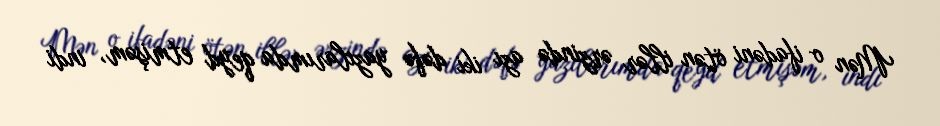
Mən o ifadəni ötən illər ərzində azı iki dəfə yazılarımda qeyd etmişəm, indi